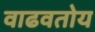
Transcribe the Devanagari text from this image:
वाढवतोय